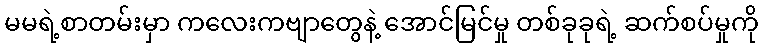
မမရဲ့စာတမ်းမှာ ကလေးကဗျာတွေနဲ့ အောင်မြင်မှု တစ်ခုခုရဲ့ ဆက်စပ်မှုကို